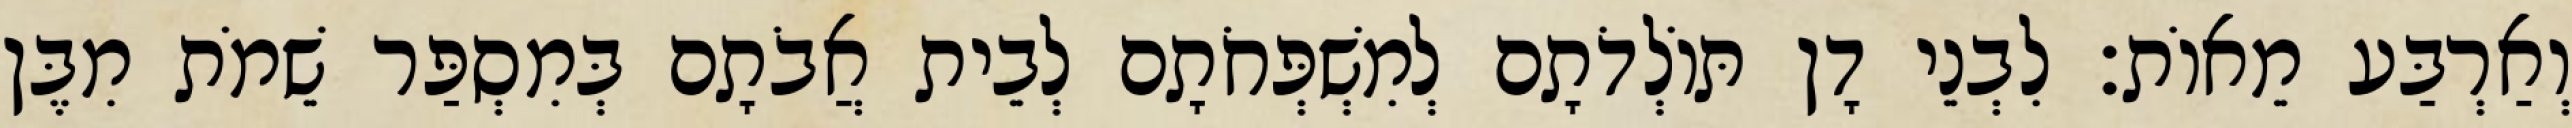
וְאַרְבַּע מֵאוֹת׃ לִבְנֵי דָן תּוֹלְדֹתָם לְמִשְׁפְּחֹתָם לְבֵית אֲבֹתָם בְּמִסְפַּר שֵׁמֹת מִבֶּן